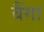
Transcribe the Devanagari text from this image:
बैंगा